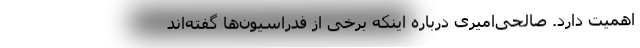
اهمیت دارد. صالحی‌امیری درباره اینکه برخی از فدراسیون‌ها گفته‌اند